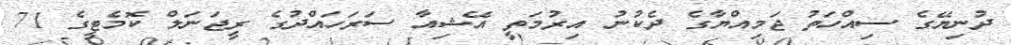
ދުނިޔޭގެ ސިއްހަތު ޖަމިއްޔާގެ ދެކުނު އިރުމަތީ އޭޝިއާ ސަރަހައްދުގެ ރީޖަނަލް ކޮމެޓީގެ 71